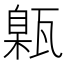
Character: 甈